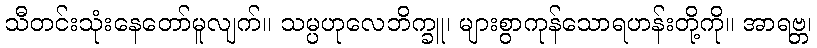
သီတင်းသုံးနေတော်မူလျက်။ သမ္ပဟုလေဘိက္ခူ၊ များစွာကုန်သောရဟန်းတို့ကို။ အာရဗ္ဘ၊